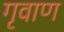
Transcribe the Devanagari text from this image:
गृवाण